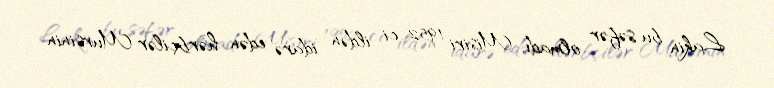
Lakin bu səfər olmadı, Misiri 1952-ci ildən idarə edən hərbçilər Mursinin